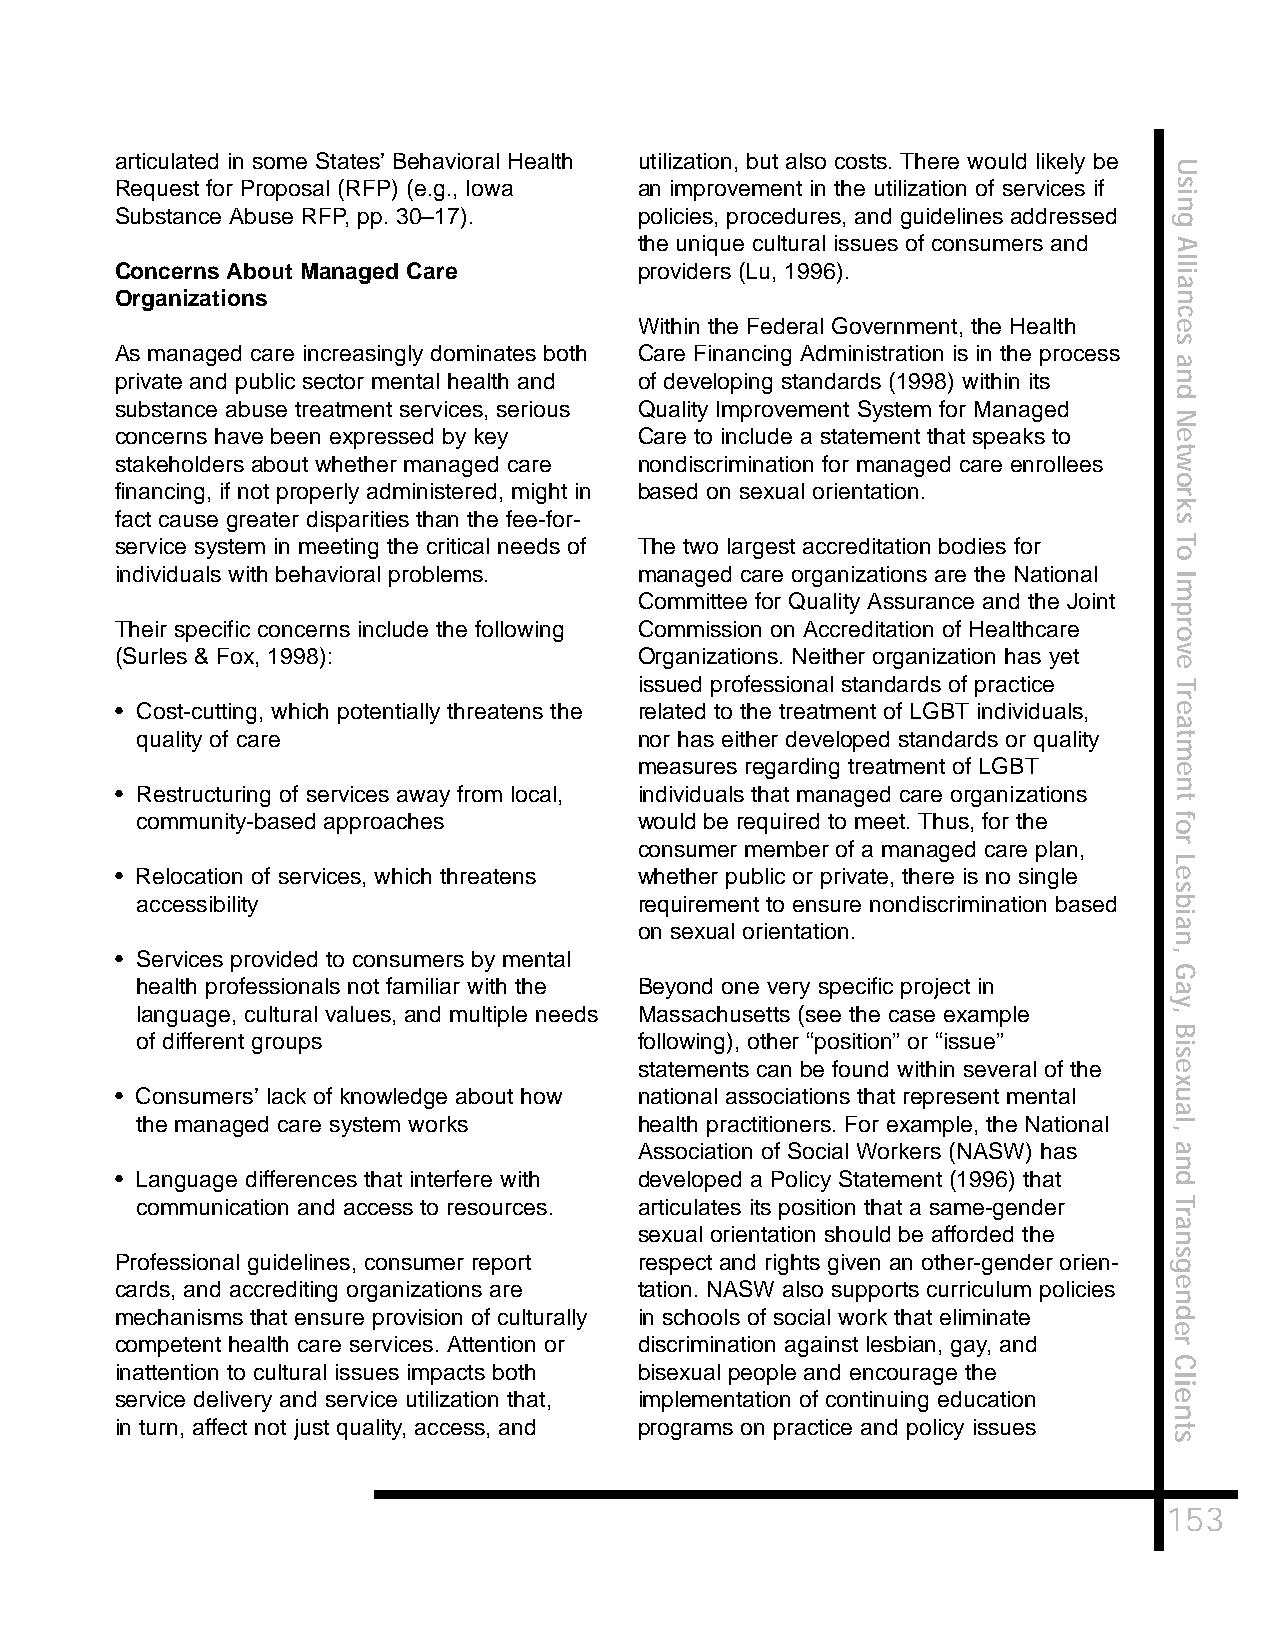
articulated in some States’ Behavioral Health utilization, but also costs. There would likely be
 U
 Request for Proposal (RFP) (e.g., Iowa an improvement in the utilization of services if s
 i
 n
 Substance Abuse RFP, pp. 30–17).  policies, procedures, and guidelines addressed g
 the unique cultural issues of consumers and A
 l
 Concerns About Managed Care       providers (Lu, 1996).               l
 i
 a
 Organizations                                                         n
 c
 Within the Federal Government, the Health e
 s
 As managed care increasingly dominates both Care Financing Administration is in the process
 a
 private and public sector mental health and of developing standards (1998) within its n
 d
 substance abuse treatment services, serious Quality Improvement System for Managed
 N
 concerns have been expressed by key Care to include a statement that speaks to e
 t
 stakeholders about whether managed care nondiscrimination for managed care enrollees w
 o
 financing, if not properly administered, might in based on sexual orientation.
 r
 k
 fact cause greater disparities than the fee-for-                      s
 service system in meeting the critical needs of The two largest accreditation bodies for T
 o
 individuals with behavioral problems. managed care organizations are the National I
 m
 Committee for Quality Assurance and the Joint
 p
 Their specific concerns include the following Commission on Accreditation of Healthcare r
 o
 (Surles & Fox, 1998):             Organizations. Neither organization has yet v
 e
 issued professional standards of practice T
 r
 • Cost-cutting, which potentially threatens the related to the treatment of LGBT individuals, e
 a
 quality of care                  nor has either developed standards or quality t
 m
 measures regarding treatment of LGBT e
 n
 • Restructuring of services away from local, individuals that managed care organizations
 t
 community-based approaches       would be required to meet. Thus, for the f
 o
 consumer member of a managed care plan, r
 L
 • Relocation of services, which threatens whether public or private, there is no single e
 s
 accessibility                    requirement to ensure nondiscrimination based b
 i
 on sexual orientation.              a
 n
 • Services provided to consumers by mental                            ,
 G
 health professionals not familiar with the Beyond one very specific project in a
 y
 language, cultural values, and multiple needs Massachusetts (see the case example ,
 B
 of different groups              following), other “position” or “issue”
 i
 s
 statements can be found within several of the e
 x
 • Consumers’ lack of knowledge about how national associations that represent mental u
 a
 the managed care system works    health practitioners. For example, the National l
 ,
 Association of Social Workers (NASW) has a
 n
 • Language differences that interfere with developed a Policy Statement (1996) that d
 communication and access to resources. articulates its position that a same-gender T
 r
 a
 sexual orientation should be afforded the
 n
 Professional guidelines, consumer report respect and rights given an other-gender orien- s
 g
 cards, and accrediting organizations are tation. NASW also supports curriculum policies e
 n
 mechanisms that ensure provision of culturally in schools of social work that eliminate d
 e
 competent health care services. Attention or discrimination against lesbian, gay, and r
 C
 inattention to cultural issues impacts both bisexual people and encourage the
 l
 i
 service delivery and service utilization that, implementation of continuing education e
 n
 in turn, affect not just quality, access, and programs on practice and policy issues t
 s
 153